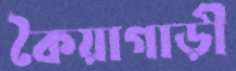
কৈয়াগাড়ী